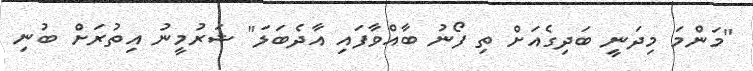
"މަންމަ މިދަނީ ބަދިގެއަށް ތި ފޯނު ބާއްވާފައި އާދެބަލަ" ޝަރުމީނު އިތުރަށް ބުނި